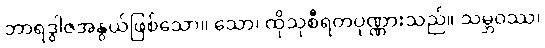
ဘာရဒွါဇအနွယ်ဖြစ်သော။ သော၊ ထိုသုစီရတပုဏ္ဏားသည်။ သမ္ဘဝဿ၊